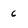
Character: 6